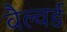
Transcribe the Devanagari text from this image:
वैल्वर्ड